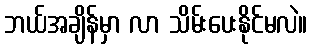
ဘယ်အချိန်မှာ လာ သိမ်းပေးနိုင်မလဲ။